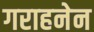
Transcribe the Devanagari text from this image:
गराहनेन